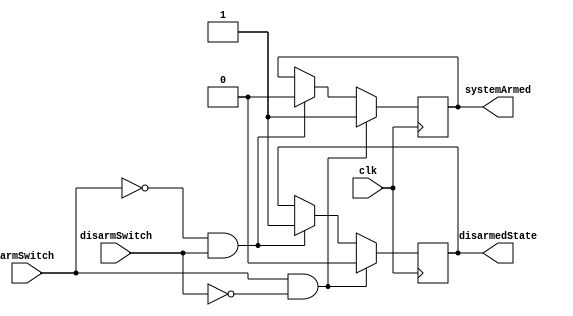
module SystemControl (
    input wire armSwitch,      // Switch to arm the system
    input wire disarmSwitch,   // Switch to disarm the system
    input wire clk,            // Global clock input
    output reg systemArmed,    // State variable to track system armed status
    output reg disarmedState   // State variable to indicate disarmed state
);

always @(posedge clk) begin
    // Update systemArmed and disarmedState based on switch inputs
    if (armSwitch == 1 && disarmSwitch == 0) begin
        // Arm the system when armSwitch is on and disarmSwitch is off
        systemArmed <= 1;
        disarmedState <= 0;
    end
    else if (armSwitch == 0 && disarmSwitch == 1) begin
        // Disarm the system when disarmSwitch is on and armSwitch is off
        systemArmed <= 0;
        disarmedState <= 1;
    end
    // If both switches are off, maintain the current state
end

endmodule